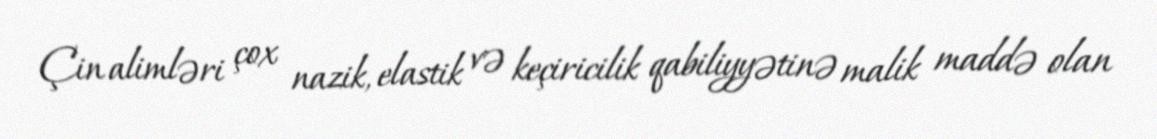
Çin alimləri çox nazik, elastik və keçiricilik qabiliyyətinə malik maddə olan